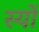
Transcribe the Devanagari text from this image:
स्यों